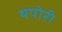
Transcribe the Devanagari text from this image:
थपोरी